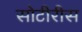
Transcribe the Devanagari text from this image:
सोटीरीस